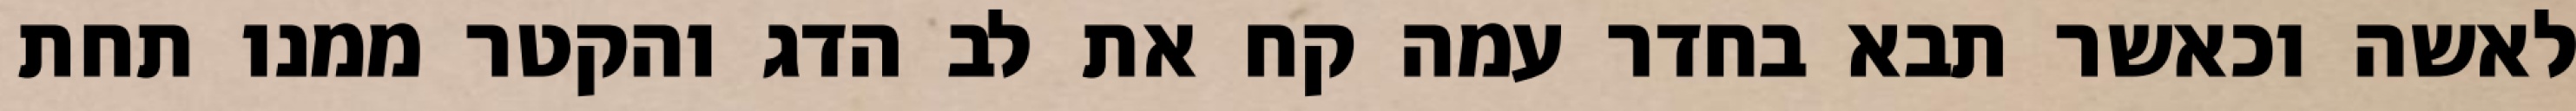
לאשה וכאשר תבא בחדר עמה קח את לב הדג והקטר ממנו תחת